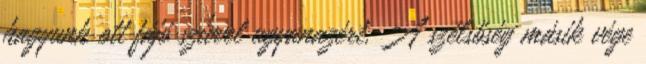
hagyunk ott fájó szívvel ugyanazért. A szélsőség másik vége